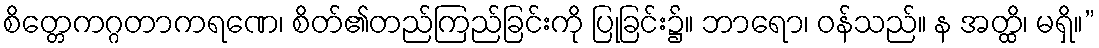
စိတ္တေကဂ္ဂတာကရဏေ၊ စိတ်၏တည်ကြည်ခြင်းကို ပြုခြင်း၌။ ဘာရော၊ ဝန်သည်။ န အတ္ထိ၊ မရှိ။”